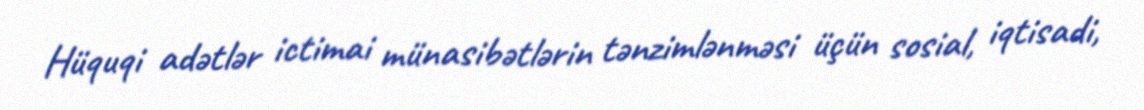
Hüquqi adətlər ictimai münasibətlərin tənzimlənməsi üçün sosial, iqtisadi,